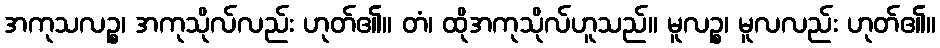
အကုသလဉ္စ၊ အကုသိုလ်လည်း ဟုတ်၏။ တံ၊ ထိုအကုသိုလ်ဟူသည်။ မူလဉ္စ၊ မူလလည်း ဟုတ်၏။